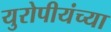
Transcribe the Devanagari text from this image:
युरोपीयंच्या